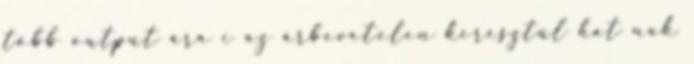
több output ára i az árbevételen keresztül hat nak